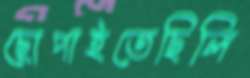
ছোপাইতেছিলি